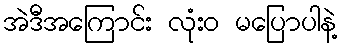
အဲဒီအကြောင်း လုံးဝ မပြောပါနဲ့